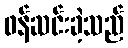
ဖန်ဆင်းခဲ့သည်